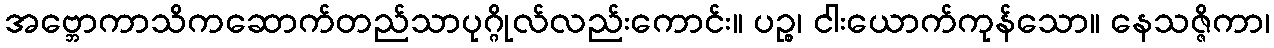
အဗ္ဘောကာသိကဆောက်တည်သာပုဂ္ဂိုလ်လည်းကောင်း။ ပဉ္စ၊ ငါးယောက်ကုန်သော။ နေသဇ္ဇိကာ၊